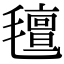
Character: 氊